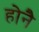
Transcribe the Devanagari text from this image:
होनै